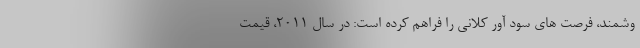
وشمند، فرصت های سود آور کلانی را فراهم کرده است: در سال ۲۰۱۱، قیمت